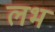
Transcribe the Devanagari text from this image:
लभ